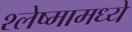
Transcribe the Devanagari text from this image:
श्लेष्मामध्ये